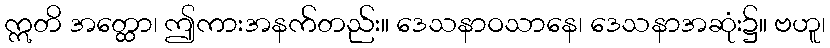
ဣတိ အတ္ထော၊ ဤကားအနက်တည်း။ ဒေသနာဝသာနေ၊ ဒေသနာအဆုံး၌။ ဗဟူ၊